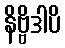
နိဗ္ဗိဒါပိ